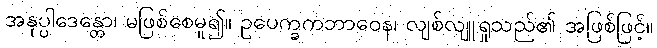
အနုပ္ပါဒေန္တော၊ မဖြစ်စေမူ၍။ ဥပေက္ခကဘာဝေန၊ လျစ်လျူရှုသည်၏ အဖြစ်ဖြင့်။